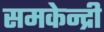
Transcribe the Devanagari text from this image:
समकेन्द्री